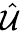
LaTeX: \hat{\mathcal{U}}